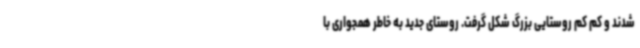
شدند و کم کم روستایی بزرگ شکل گرفت. روستای جدید به خاطر همجواری با